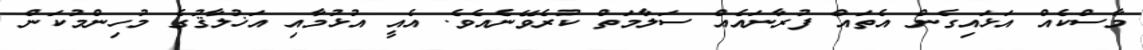
މާސްކެއް އަޅައިގެން އެތައް ފުރާނައެއް ސަލާމަތް ކުރެވޭނެއެވެ. އެއީ އުޅުމާއި އަޚުލާޤުގެ މުހިންމުކަން